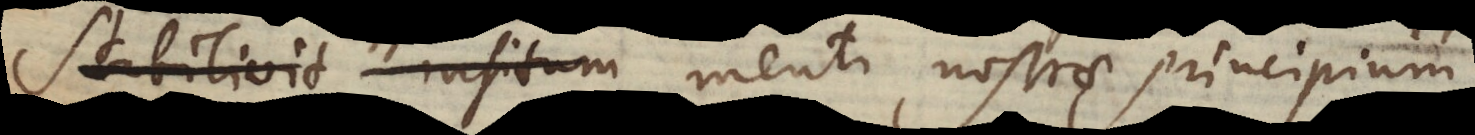
Divinitus menti nostrae principium: